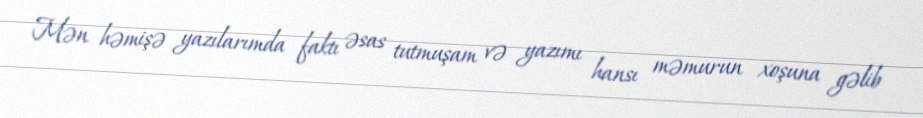
Mən həmişə yazılarımda faktı əsas tutmuşam və yazımı hansı məmurun xoşuna gəlib